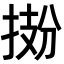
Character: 𫽂